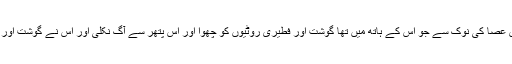
21تب خُداوند کے فرِشتہ نے اُس عصا کی نوک سے جو اُس کے ہاتھ میں تھا گوشت اور فطِیری روٹِیوں کو چُھؤا اور اُس پتّھر سے آگ نِکلی اور اُس نے گوشت اور فطِیری روٹِیوں کو بھسم کر دِیا ۔